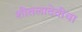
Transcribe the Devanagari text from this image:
शीतलादेवीचा